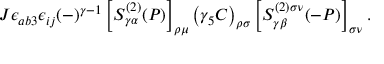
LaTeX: J \epsilon _ { a b 3 } \epsilon _ { i j } ( - ) ^ { \gamma - 1 } \left[ S _ { \gamma \alpha } ^ { ( 2 ) } ( P ) \right] _ { \rho \mu } \left( \gamma _ { 5 } C \right) _ { \rho \sigma } \left[ S _ { \gamma \beta } ^ { ( 2 ) \sigma \nu } ( - P ) \right] _ { \sigma \nu } .